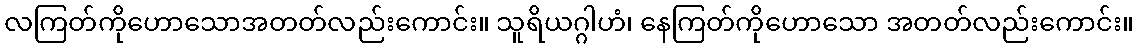
လကြတ်ကိုဟောသောအတတ်လည်းကောင်း။ သူရိယဂ္ဂါဟံ၊ နေကြတ်ကိုဟောသော အတတ်လည်းကောင်း။